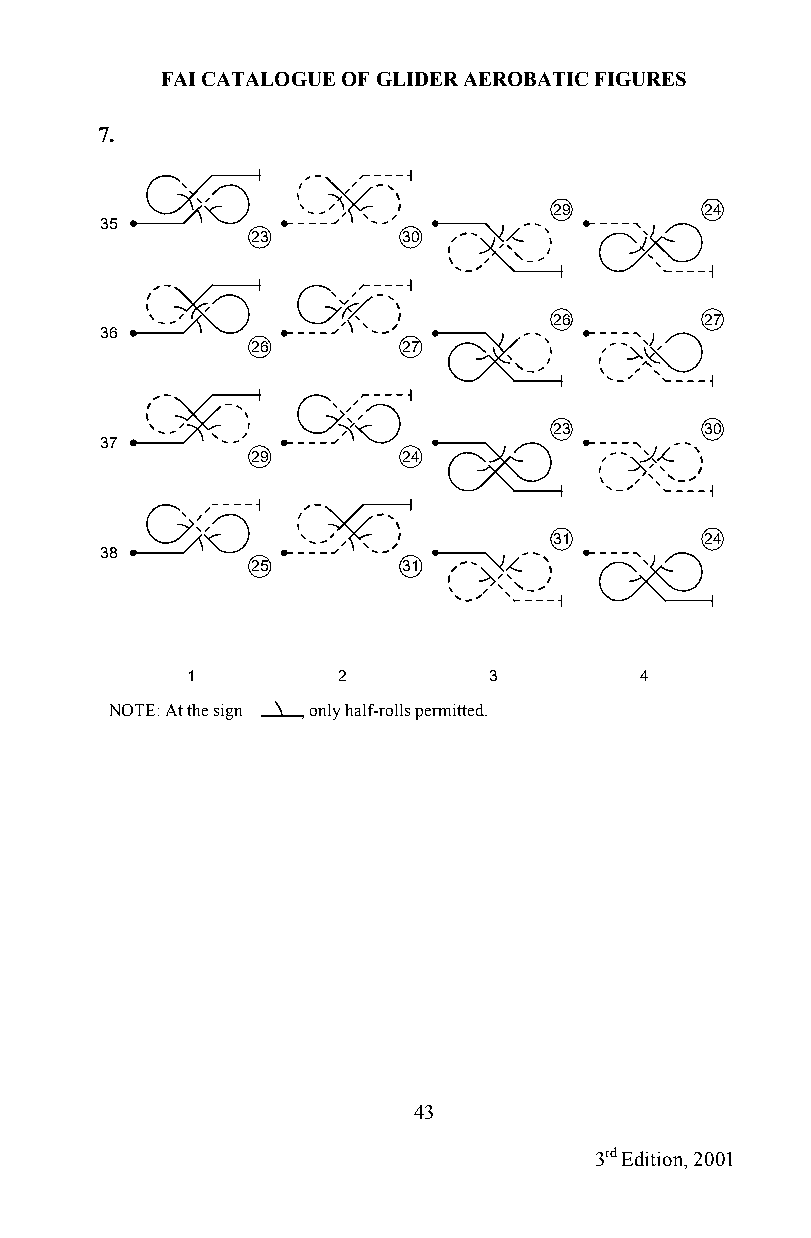
FAI CATALOGUE OF GLIDER AEROBATIC FIGURES
 7.
 29        24
 35
 23        30
 26        27
 36
 26        27
 23        30
 37
 29        24
 31        24
 38
 25        31
 1         2         3         4
 NOTE: At the sign , only half-rolls permitted.
 43
 3rd Edition, 2001